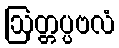
ဩတ္တပ္ပဗလံ